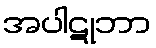
အပါဋုဘာ